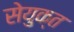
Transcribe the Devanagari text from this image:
सेयुक्त